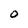
Character: O